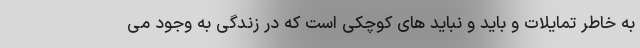
به خاطر تمایلات و باید و نباید های کوچکی است که در زندگی به وجود می